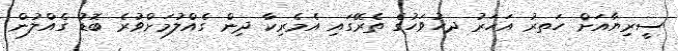
ސީރިޔާއަށް ހަތރު އަހަރު ދހުވަހުގެ ތެރޭގައި އެމެރިކާ ދިން ގެއްލުމަށްވުރެ ބޮޑު ގެއްލުން